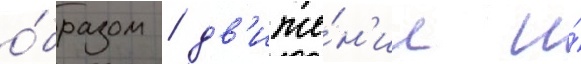
о́бразом / дв'иже́н'ие и́